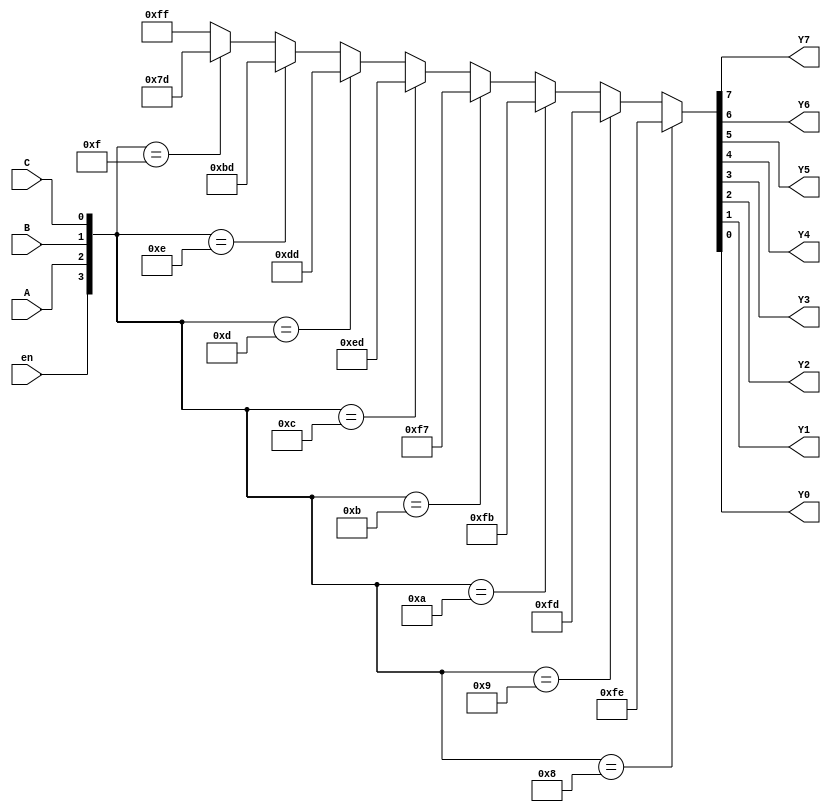
module decoder_3to8(Y7, Y6, Y5, Y4, Y3, Y2, Y1, Y0, A, B, C, en);
output Y7, Y6, Y5, Y4, Y3, Y2, Y1, Y0;
input A, B, C;
input en;

//active low outputs
assign {Y7, Y6, Y5, Y4, Y3, Y2, Y1, Y0} = 
({en, A, B, C}==4'b1000)?8'b1111_1110:
({en, A, B, C}==4'b1001)?8'b1111_1101:
({en, A, B, C}==4'b1010)?8'b1111_1011:
({en, A, B, C}==4'b1011)?8'b1111_0111:
({en, A, B, C}==4'b1100)?8'b1110_1101:
({en, A, B, C}==4'b1101)?8'b1101_1101:
({en, A, B, C}==4'b1110)?8'b1011_1101:
({en, A, B, C}==4'b1111)?8'b0111_1101:
8'b1111_1111;
endmodule